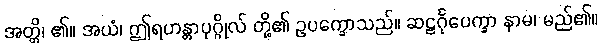
အတ္တိ၊ ၏။ အယံ၊ ဤရဟန္တာပုဂ္ဂိုလ် တို့၏ ဥပက္ခောသည်။ ဆဠင်္ဂုပေက္ခာ နာမ၊ မည်၏။